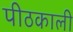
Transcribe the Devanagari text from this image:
पीठकाली